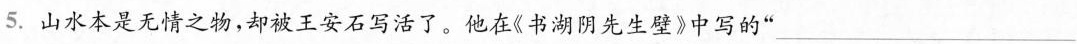
5.山水本是无情之物，却被王安石写活了。他在《书湖阴先生壁》中写的”___